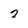
Character: 2